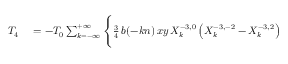
\small \begin{array} { r l } { T _ { 4 } } & { { } = - { \cal T } _ { 0 } \sum _ { k = - \infty } ^ { + \infty } \Bigg \{ \frac { 3 } { 4 } \, b ( - k n ) \, x y \, X _ { k } ^ { - 3 , 0 } \left( X _ { k } ^ { - 3 , - 2 } - X _ { k } ^ { - 3 , 2 } \right) } \end{array}